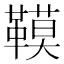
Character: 𩌧